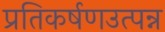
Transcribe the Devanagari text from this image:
प्रतिकर्षणउत्पन्न